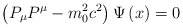
\begin{align*}\left( P_{\mu }P^{\mu }-m_{0}^{2}c^{2}\right) \Psi \left( x\right) =0\end{align*}